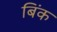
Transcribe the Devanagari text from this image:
बिंक